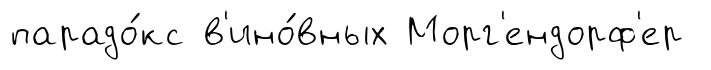
парадо́кс в'ино́вных Морг'ендорф'ер